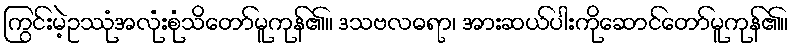
ကြွင်းမဲ့ဥဿုံအလုံးစုံသိတော်မူကုန်၏။ ဒသဗလဓရာ၊ အားဆယ်ပါးကိုဆောင်တော်မူကုန်၏။